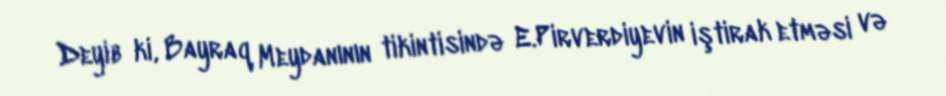
Deyib ki, Bayraq Meydanının tikintisində E.Pirverdiyevin iştirak etməsi və